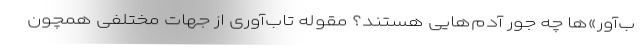
ب‌آور»ها چه جور آدم‌هایی هستند؟ مقوله تاب‌آوری از جهات مختلفی همچون